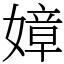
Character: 嫜